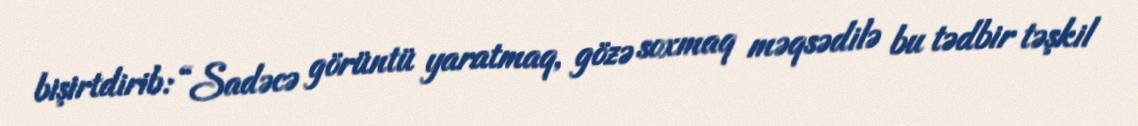
bişirtdirib: “Sadəcə görüntü yaratmaq, gözə soxmaq məqsədilə bu tədbir təşkil